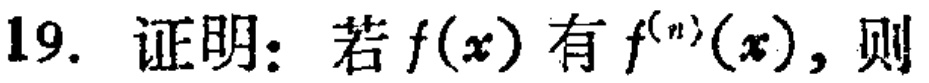
19. 证明：若\(f(x)\)有\(f^{(n)}(x)\)，则